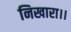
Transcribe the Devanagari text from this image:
निखारा।।